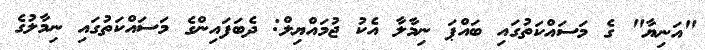
"އަނިޔާ" ގެ މަސައްކަތުގައި ބައްޕަ ނިމާލާ އެކު ޖުމައްޔިލް: ދެބަފައިންގެ މަސައްކަތުގައި ނިމާލުގެ